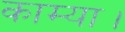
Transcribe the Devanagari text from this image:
काम्या।